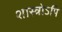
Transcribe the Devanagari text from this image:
शास्त्रोऽपि